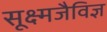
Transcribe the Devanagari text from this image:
सूक्ष्मजैविज्ञ